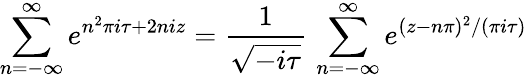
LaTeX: \sum_{n=-\infty}^{\infty}e^{n^{2}\pi i\tau+2niz}=\frac{1}{\sqrt{-i\tau}}\, \sum_{n=-\infty}^{\infty}e^{(z-n\pi)^{2}/(\pi i\tau)}